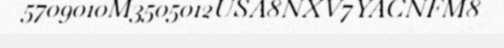
5709010M3505012USA8NXV7YACNFM8